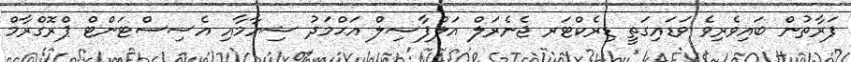
ފަރާތުން ބައިވެރިވެ ވަޑައިގަތީ ޑިރެކްޓަރ ޖެނެރަލް އަލްފާޟިލް އަޙްމަދު ޝިޔާމާއި އެސިސްޓަންޓް ޕްރޮގްރާމް